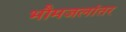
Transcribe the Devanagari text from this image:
भौमजलांतर